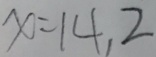
x = 1 4 , 2